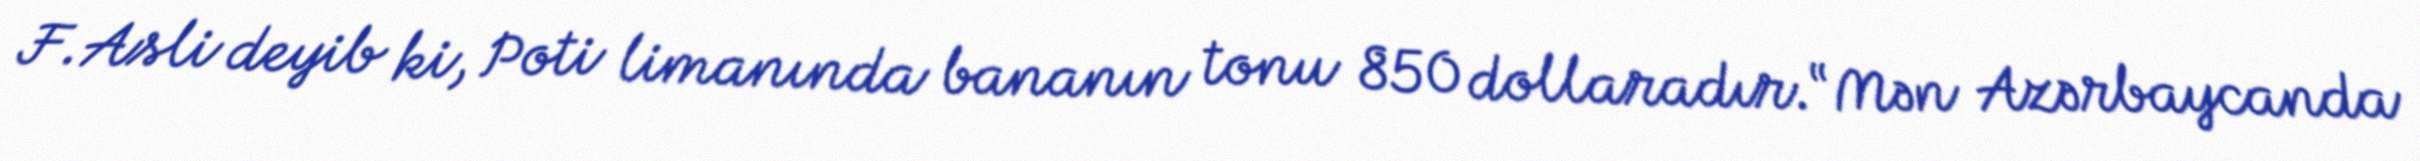
F.Asli deyib ki, Poti limanında bananın tonu 850 dollaradır.“Mən Azərbaycanda